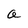
Character: a